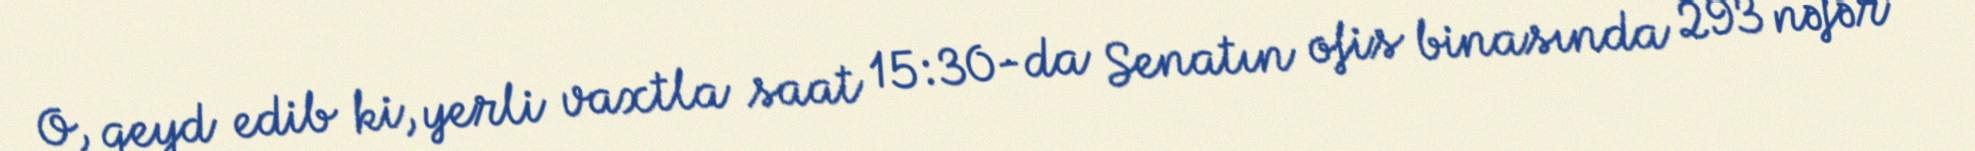
O, qeyd edib ki, yerli vaxtla saat 15:30-da Senatın ofis binasında 293 nəfər